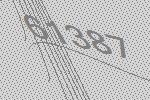
61387